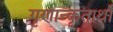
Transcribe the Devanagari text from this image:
गृणान्कृतार्थो